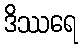
ဒိဿရေ